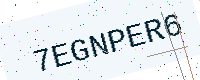
Text: 7EGNPER6